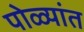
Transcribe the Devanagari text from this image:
पोळ्यांत